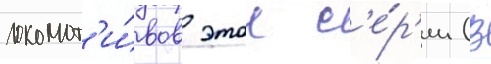
локомот'и́вов этои с'е́р'ии (в